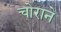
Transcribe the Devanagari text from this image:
चोराने